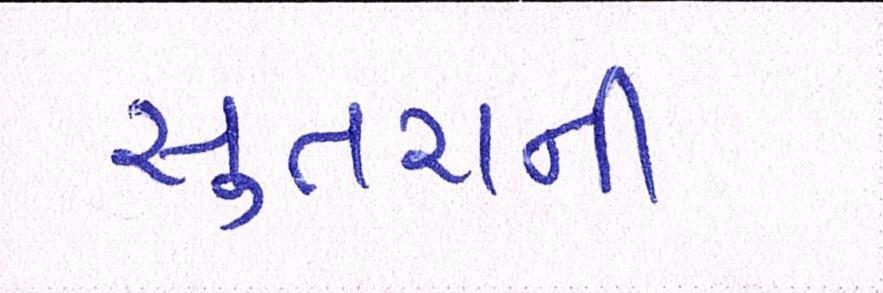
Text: સુતરાની